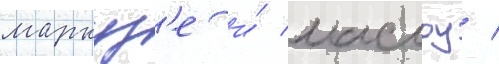
маркуз'е и́ маслоу /